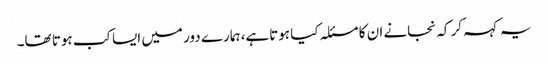
یہ کہہ کر کہ نجانے ان کا مسئلہ کیا ہوتاہے، ہمارے دور میں ایسا کب ہوتا تھا۔